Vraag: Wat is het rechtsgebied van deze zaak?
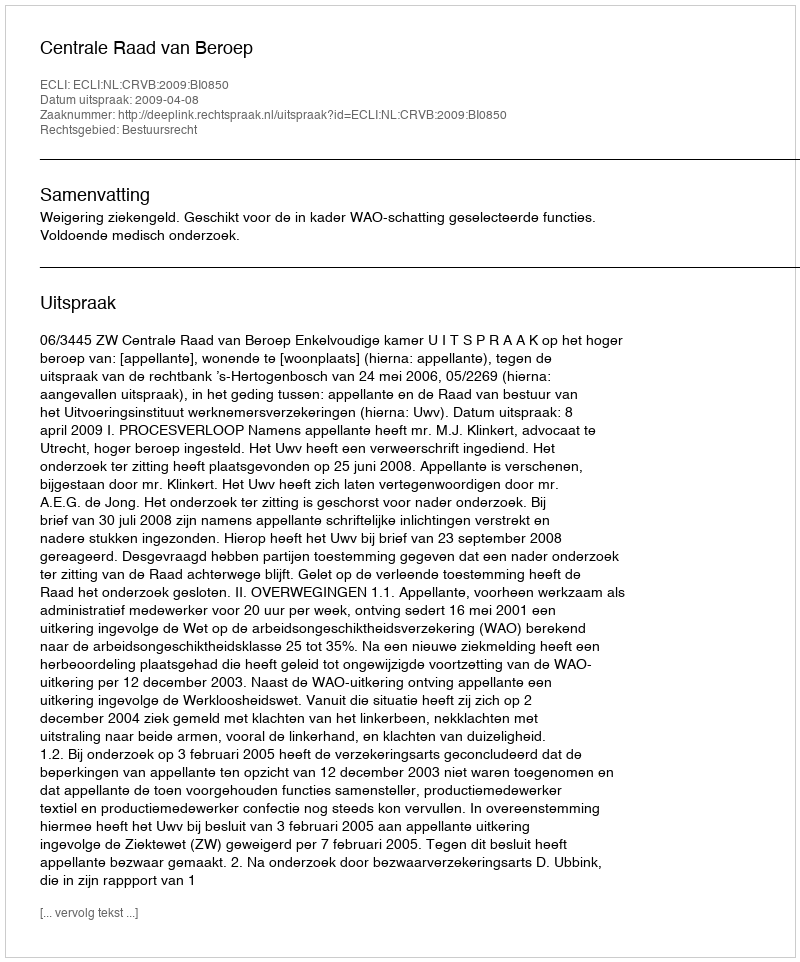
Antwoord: Bestuursrecht